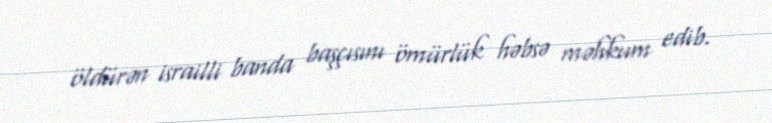
öldürən israilli banda başçısını ömürlük həbsə məhkum edib.